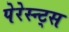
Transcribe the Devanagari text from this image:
पेरेस्न्ट्स